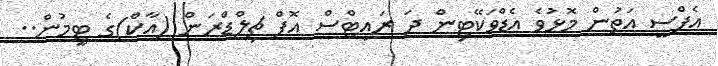
އެފްސީ އަތުން މޮޅުވެ އެޑްވަކޭޓިން ދަ ރައިޓްސް އޮފް ޗިލްޑްރަން (އާކް)ގެ ޓީމުން..